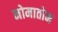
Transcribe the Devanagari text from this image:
नोमातोम